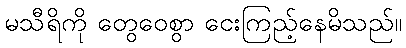
မသီရိကို တွေဝေစွာ ငေးကြည့်နေမိသည်။